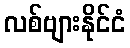
လစ်ဗျားနိုင်ငံ